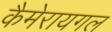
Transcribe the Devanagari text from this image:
कैमेरायगल